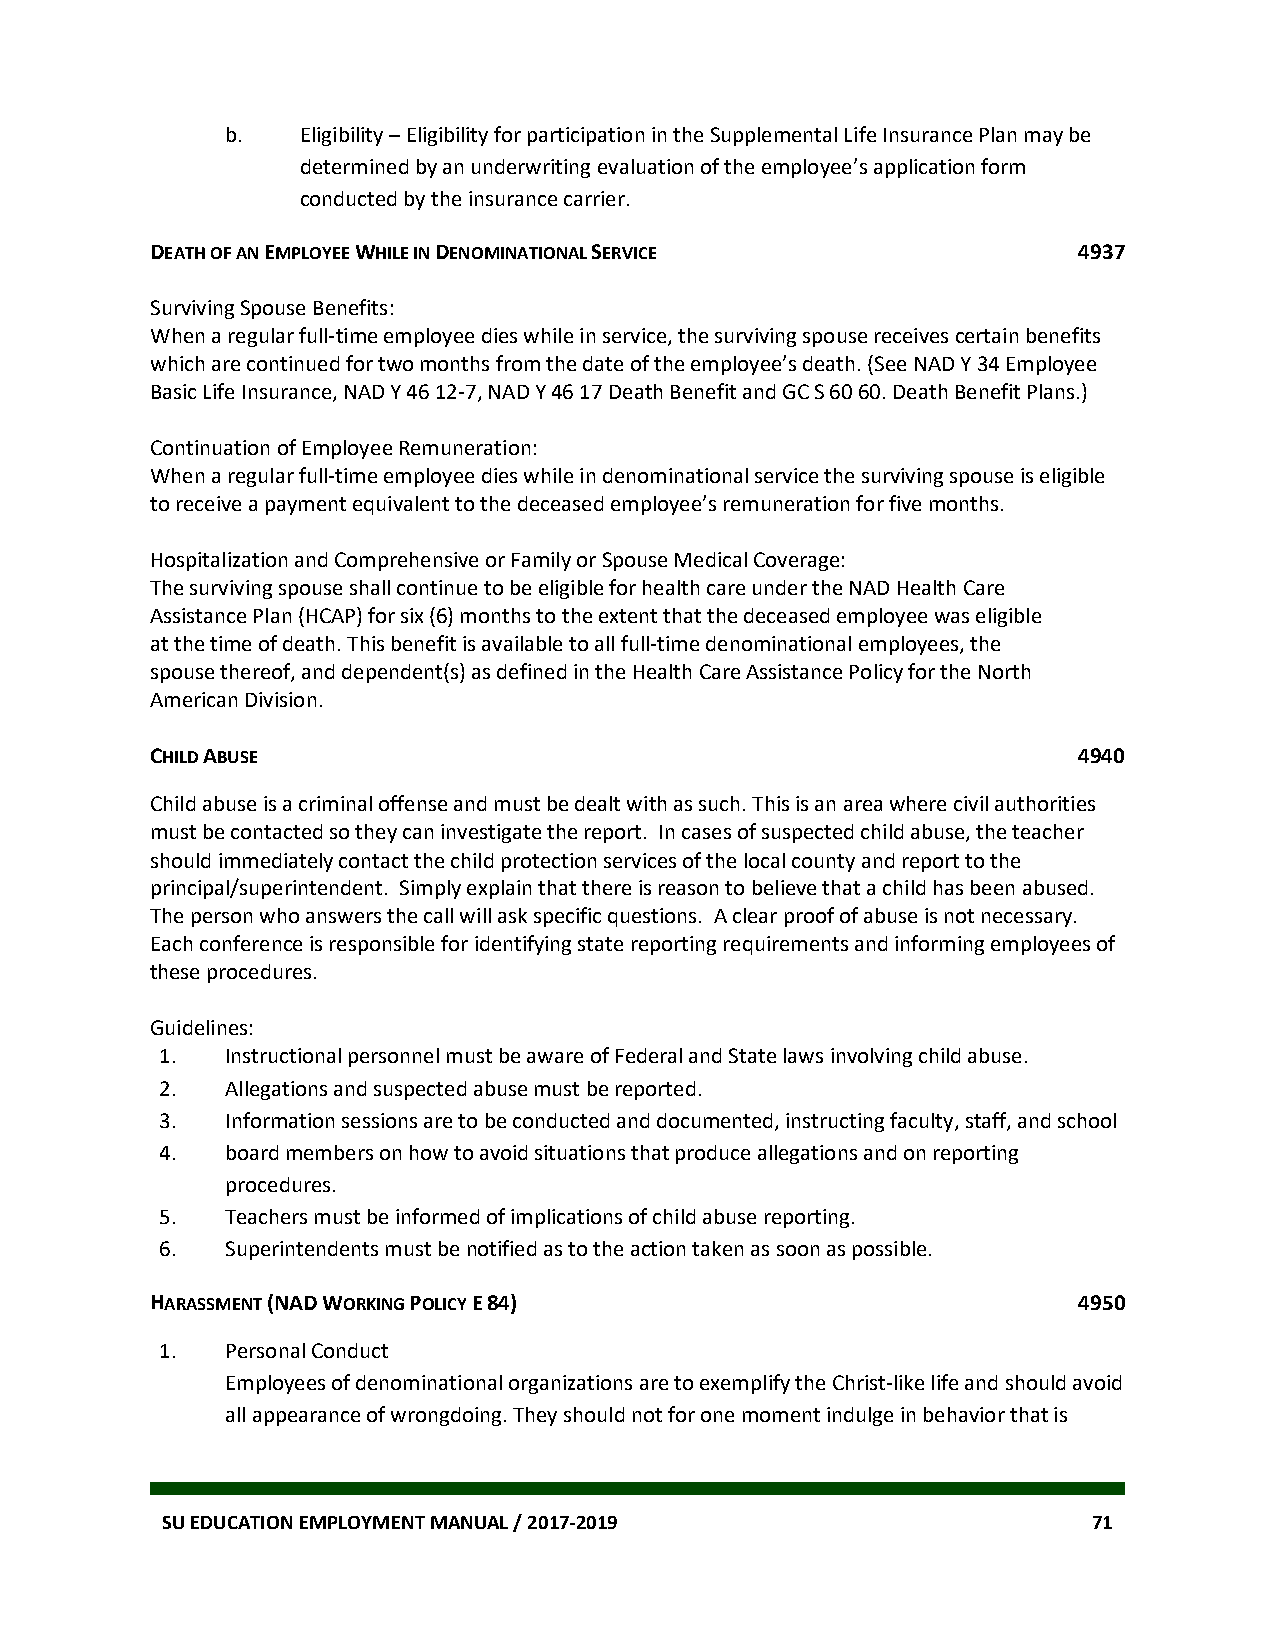
b.   Eligibility – Eligibility for participation in the Supplemental Life Insurance Plan may be
 determined by an underwriting evaluation of the employee’s application form
 conducted by the insurance carrier.
 DEATH OF AN EMPLOYEE WHILE IN DENOMINATIONAL SERVICE         4937
 Surviving Spouse Benefits:
 When a regular full-time employee dies while in service, the surviving spouse receives certain benefits
 which are continued for two months from the date of the employee’s death. (See NAD Y 34 Employee
 Basic Life Insurance, NAD Y 46 12-7, NAD Y 46 17 Death Benefit and GC S 60 60. Death Benefit Plans.)
 Continuation of Employee Remuneration:
 When a regular full-time employee dies while in denominational service the surviving spouse is eligible
 to receive a payment equivalent to the deceased employee’s remuneration for five months.
 Hospitalization and Comprehensive or Family or Spouse Medical Coverage:
 The surviving spouse shall continue to be eligible for health care under the NAD Health Care
 Assistance Plan (HCAP) for six (6) months to the extent that the deceased employee was eligible
 at the time of death. This benefit is available to all full-time denominational employees, the
 spouse thereof, and dependent(s) as defined in the Health Care Assistance Policy for the North
 American Division.
 CHILD ABUSE                                                  4940
 Child abuse is a criminal offense and must be dealt with as such. This is an area where civil authorities
 must be contacted so they can investigate the report. In cases of suspected child abuse, the teacher
 should immediately contact the child protection services of the local county and report to the
 principal/superintendent. Simply explain that there is reason to believe that a child has been abused.
 The person who answers the call will ask specific questions. A clear proof of abuse is not necessary.
 Each conference is responsible for identifying state reporting requirements and informing employees of
 these procedures.
 Guidelines:
 1.  Instructional personnel must be aware of Federal and State laws involving child abuse.
 2.  Allegations and suspected abuse must be reported.
 3.  Information sessions are to be conducted and documented, instructing faculty, staff, and school
 4.  board members on how to avoid situations that produce allegations and on reporting
 procedures.
 5.  Teachers must be informed of implications of child abuse reporting.
 6.  Superintendents must be notified as to the action taken as soon as possible.
 HARASSMENT (NAD WORKING POLICY E 84)                         4950
 1.  Personal Conduct
 Employees of denominational organizations are to exemplify the Christ-like life and should avoid
 all appearance of wrongdoing. They should not for one moment indulge in behavior that is
 SU EDUCATION EMPLOYMENT MANUAL / 2017-2019                   71